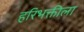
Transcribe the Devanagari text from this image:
हरिभक्तीला